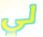
لي